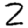
Digit: 2